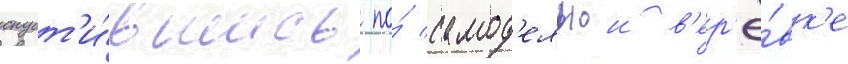
спуст'и́вшись по́ самод'ельнои в'ер'ё́вк'е